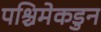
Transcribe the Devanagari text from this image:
पश्चिमेकडुन